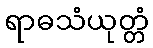
ရာဓသံယုတ္တံ